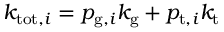
k _ { \mathrm { t o t } , i } = p _ { \mathrm { g } , i } k _ { \mathrm { g } } + p _ { \mathrm { t } , i } k _ { \mathrm { t } }